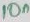
Text: 10n